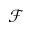
\mathcal { F }